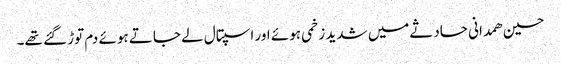
حسین ھمدانی حادثےمیں شدید زخمی ہوئے اور اسپتال لے جاتے ہوئے دم توڑ گئے تھے۔